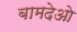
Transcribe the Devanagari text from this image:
बामदेओ